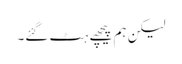
لیکن ہم پیچھے ہٹ گئے۔